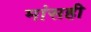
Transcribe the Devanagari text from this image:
मांसही